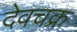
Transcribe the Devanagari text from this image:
देवचक्र